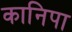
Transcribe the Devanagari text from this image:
कानिपा